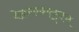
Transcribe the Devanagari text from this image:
बेळगावातूनच